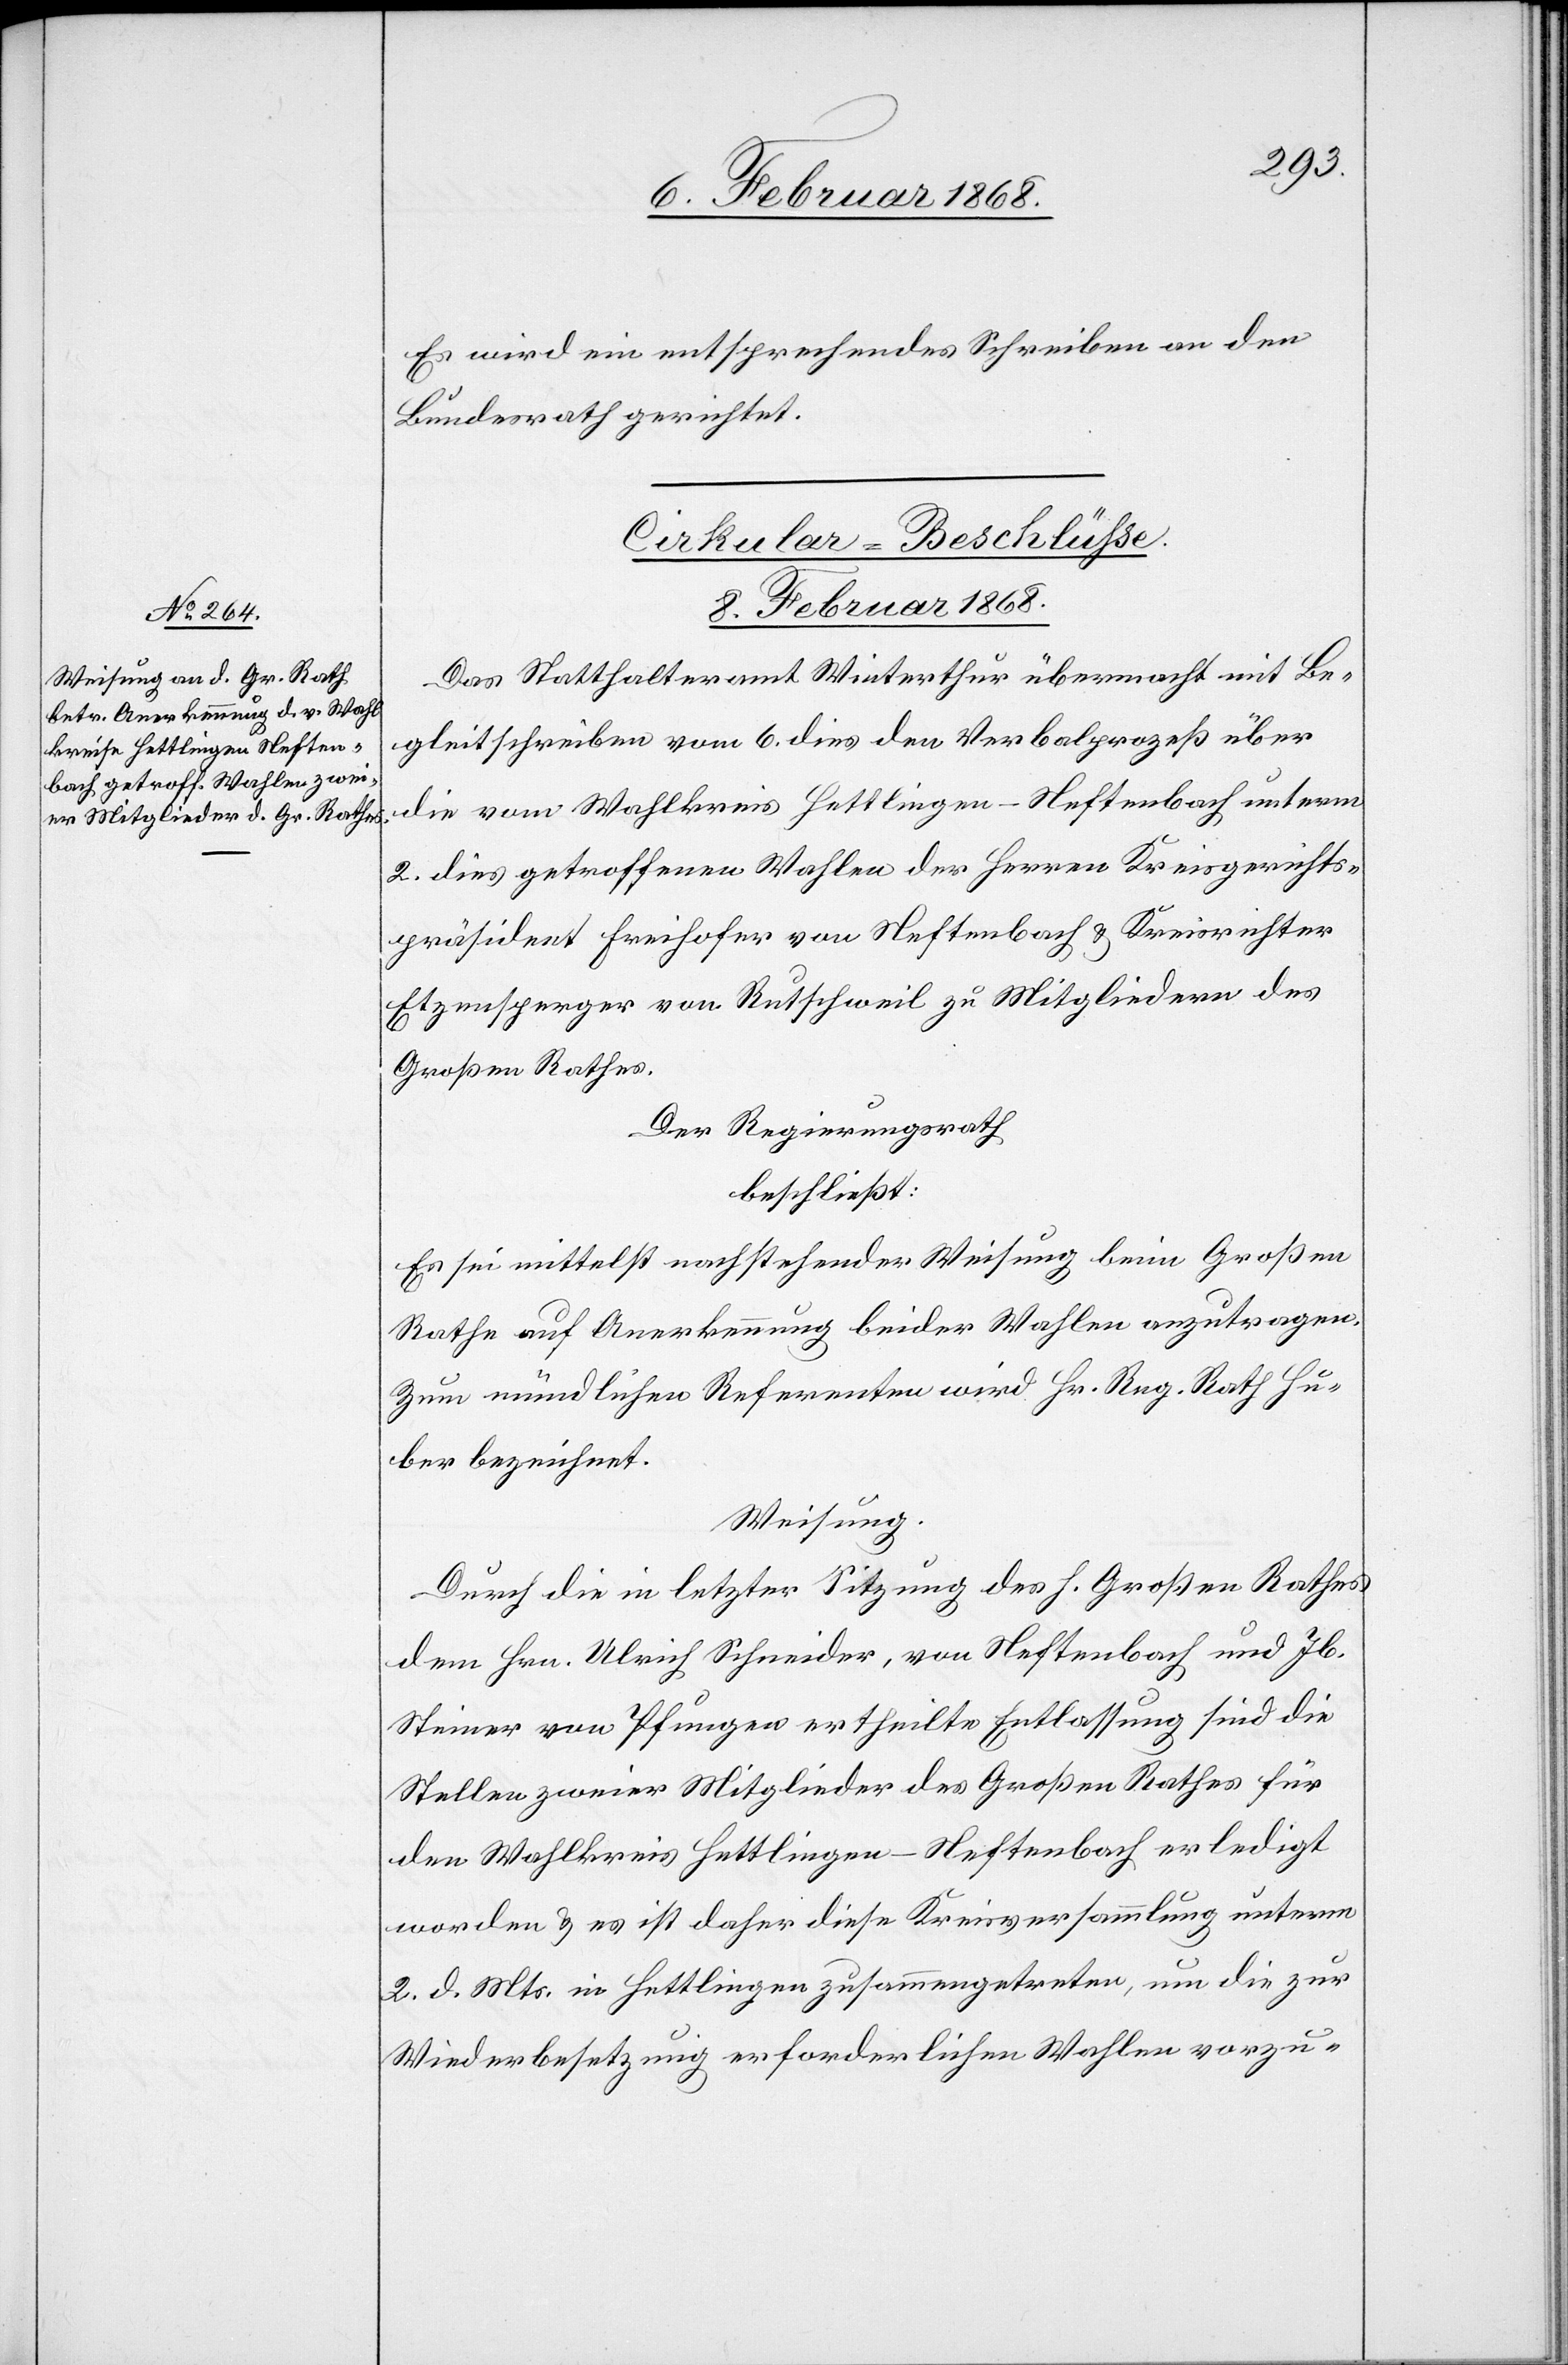
Es wird ein entsprechendes Schreiben an den
Bundesrath gerichtet.
Cirkular-Beschlüsse.
8. Februar 1868.
Das Statthalteramt Winterthur übermacht mit Be¬
gleitschreiben vom 6. dies den Verbalprozeß über
die vom Wahlkreis Hettlingen-Neftenbach unterm
2. dies getroffenen Wahlen der Herren Kreisgerichts¬
präsident Freihofer von Neftenbach & Kreisrichter
Etzensperger von Rutschweil zu Mitgliedern des
Großen Rathes.
Der Regierungsrath
beschließt:
Es sei mittelst nachstehender Weisung beim Großen
Rathe auf Anerkennung beider Wahlen anzutragen.
Zum mündlichen Referenten wird Hr. Reg. Rath Hu¬
ber bezeichnet.
Weisung.
Durch die in letzter Sitzung des h. Großen Rathes
dem Hrn. Ulrich Schneider, von Neftenbach und Jb.
Steiner von Pfungen ertheilte Entlassung sind die
Stellen zweier Mitglieder des Großen Rathes für
den Wahlkreis Hettlingen-Neftenbach erledigt
worden & es ist daher diese Kreisversammlung unterm
2. d. Mts. in Hettlingen zusammengetreten, um die zur
Wiederbesetzung erforderlichen Wahlen vorzu-